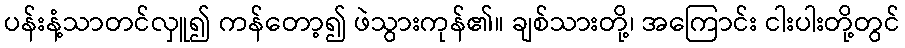
ပန်းနံ့သာတင်လှူ၍ ကန်တော့၍ ဖဲသွားကုန်၏။ ချစ်သားတို့၊ အကြောင်း ငါးပါးတို့တွင်